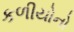
કળીયોનો